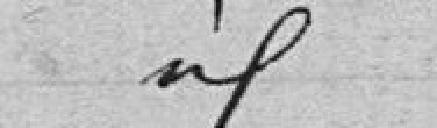
idem